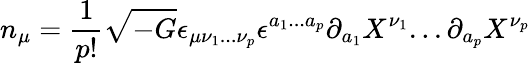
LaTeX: n_{\mu}=\frac{1}{p!}\sqrt{-G}\epsilon_{\mu\nu_{1}...\nu_{p}}\epsilon^{a_{1}...a_{p}}\partial_{a_{1}}X^{\nu_{1}}...\partial_{a_{p}}X^{\nu_{p}}